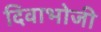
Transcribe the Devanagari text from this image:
दिवाभोजी